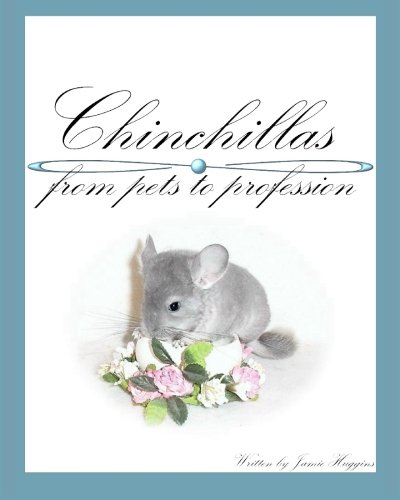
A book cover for Chinchillas - from pets to profession; Jamie Huggins; Crafts, Hobbies & Home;